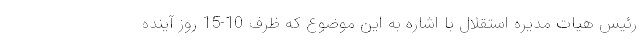
رئیس هیات مدیره استقلال با اشاره به این موضوع که ظرف 10-15 روز آینده